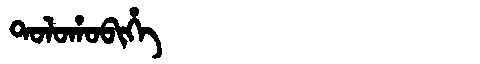
Manchu: ᡨᠣᠯᠣᡥᠣᠪᡳᡥᡝ
Romanization: TOLOHOBIHE